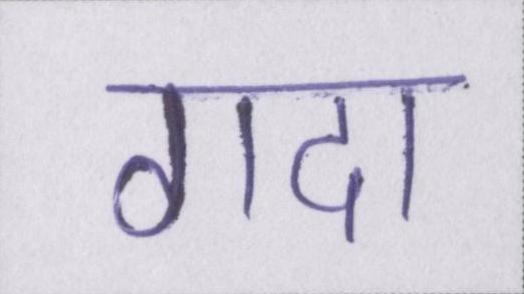
गदा